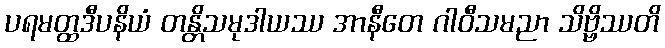
ပရမတ္ထဒီပနိယံ တန္တိသမုဒါယဿ အာနီတေ ဂါဝီသမညာ သိဗ္ဗိဿတိ